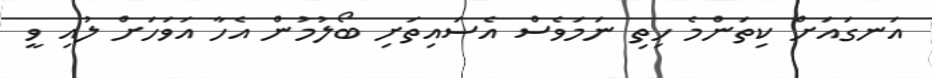
އަނގައަށް ކިތަންމެ ހިތި ނަމަވެސް އެސައިތަށި ބޯލުމުން އެހާ އަވަހަށް ލުއި ވީ